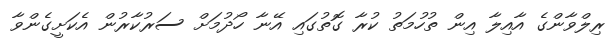
ރިލްވާންގެ އާއިލާ އިން ތުހުމަތު ކުރާ ގޮތުގައި އޭނާ ހޯދުމަށް ސަރުކާރުން އެކަށީގެންވާ